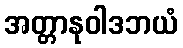
အတ္တာနုဝါဒဘယံ